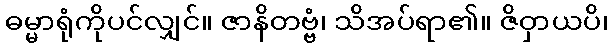
ဓမ္မာရုံကိုပင်လျှင်။ ဇာနိတဗ္ဗံ၊ သိအပ်ရာ၏။ ဇိဝှာယပိ၊